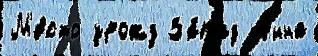
М'е́сто урожд За́пад А́нна